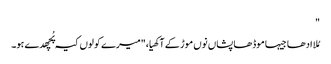
"
مُلا ادھا جیہا موڈھا پشاں نوں موڑ کے آکھیا،"میرے کولوں کیہ پُچھدے ہو۔